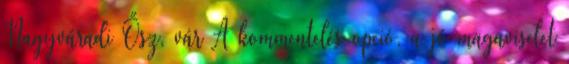
Nagyváradi Ősz, vár A kommentelés opció, a jó magaviselet